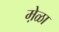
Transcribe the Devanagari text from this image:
मे़ळा